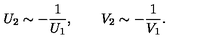
U _ { 2 } \sim - \frac { 1 } { U _ { 1 } } , \qquad V _ { 2 } \sim - \frac { 1 } { V _ { 1 } } .